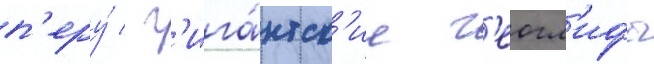
п'еру́ / г'ига́нтск'ие г'еогл'ифы